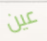
عين